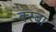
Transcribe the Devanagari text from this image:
क्स्बा